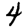
Digit: 4